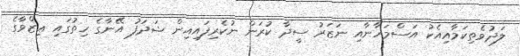
ލަދުވެތިކަމާއިއެކު އަސްމަހާނާއި ނަޒަރު ސީދާ ކުރަން ނުކެރިފައިއިން ޝަދަފު އޭނާގެ ހިތުގައި ޢިޒްވާގެ